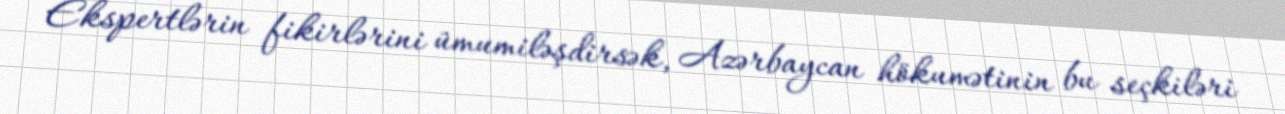
Ekspertlərin fikirlərini ümumiləşdirsək, Azərbaycan hökumətinin bu seçkiləri